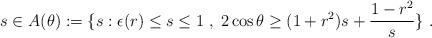
LaTeX: \begin{align*}s\in A(\theta):=\{s : \epsilon(r)\leq s\leq 1\; ,\; 2\cos\theta\geq (1+r^2)s+\frac{1-r^2}s\}\ .\end{align*}